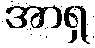
အာရှ